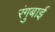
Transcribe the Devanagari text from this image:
रंगुबाई